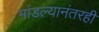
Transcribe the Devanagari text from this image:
मांडल्यानंतरही